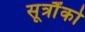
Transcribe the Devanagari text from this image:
सूत्रौंको